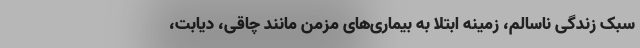
سبک زندگی ناسالم، زمینه ابتلا به بیماری‌های مزمن مانند چاقی، دیابت،